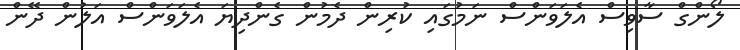
ލޯންގް ސާވިސް އެލަވަންސް ނަމުގައި ކުރިން ދެމުން ގެންދިޔަ އެލަވަންސް އަލުން ދޭން